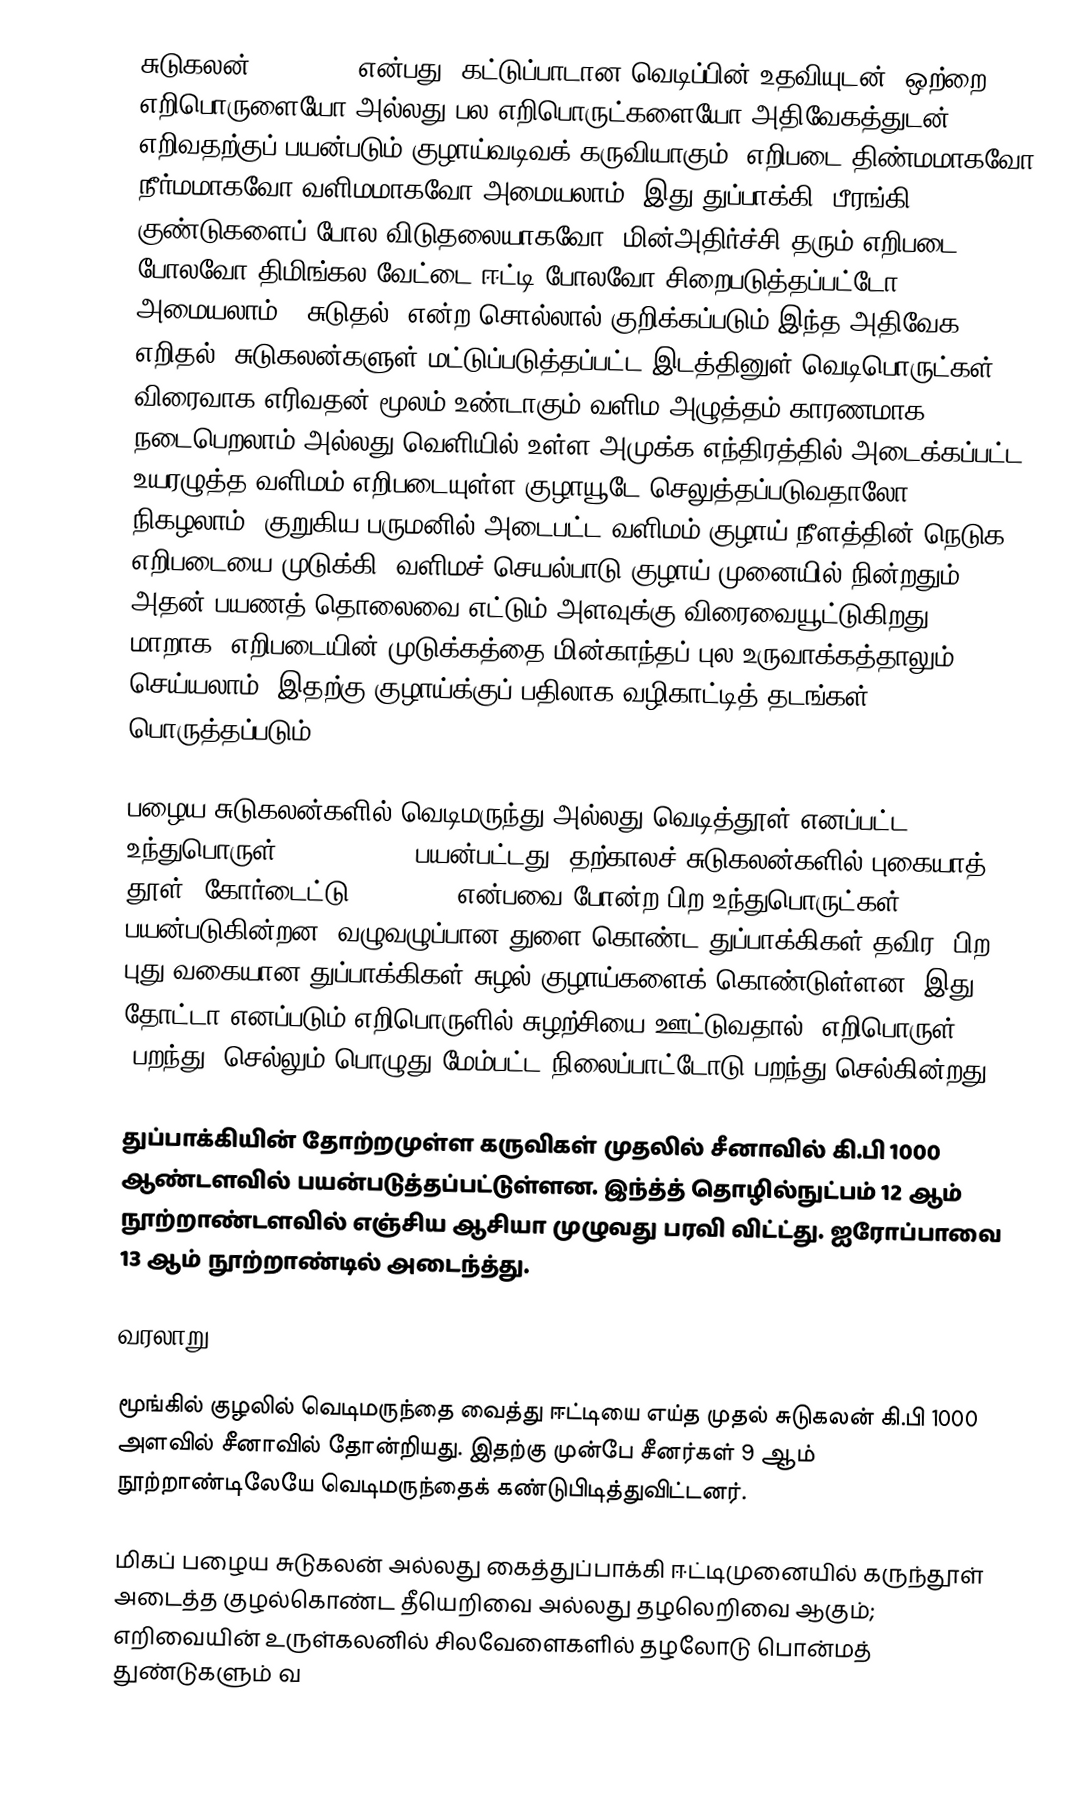
சுடுகலன் (Firearm) என்பது, கட்டுப்பாடான வெடிப்பின் உதவியுடன், ஒற்றை எறிபொருளையோ அல்லது பல எறிபொருட்களையோ அதிவேகத்துடன் எறிவதற்குப் பயன்படும் குழாய்வடிவக் கருவியாகும். எறிபடை திண்மமாகவோ நீர்மமாகவோ வளிமமாகவோ அமையலாம். இது துப்பாக்கி, பீரங்கி குண்டுகளைப் போல விடுதலையாகவோ, மின்அதிர்ச்சி தரும் எறிபடை போலவோ திமிங்கல வேட்டை ஈட்டி போலவோ சிறைபடுத்தப்பட்டோ அமையலாம். "சுடுதல்" என்ற சொல்லால் குறிக்கப்படும் இந்த அதிவேக எறிதல், சுடுகலன்களுள் மட்டுப்படுத்தப்பட்ட இடத்தினுள் வெடிபொருட்கள் விரைவாக எரிவதன் மூலம் உண்டாகும் வளிம அழுத்தம் காரணமாக நடைபெறலாம் அல்லது வெளியில் உள்ள அமுக்க எந்திரத்தில் அடைக்கப்பட்ட உயரழுத்த வளிமம் எறிபடையுள்ள குழாயூடே செலுத்தப்படுவதாலோ நிகழலாம். குறுகிய பருமனில் அடைபட்ட வளிமம் குழாய் நீளத்தின் நெடுக எறிபடையை முடுக்கி, வளிமச் செயல்பாடு குழாய் முனையில் நின்றதும், அதன் பயணத் தொலைவை எட்டும் அளவுக்கு விரைவையூட்டுகிறது.  மாறாக, எறிபடையின் முடுக்கத்தை மின்காந்தப் புல உருவாக்கத்தாலும் செய்யலாம். இதற்கு குழாய்க்குப் பதிலாக வழிகாட்டித் தடங்கள் பொருத்தப்படும்.

பழைய சுடுகலன்களில் வெடிமருந்து அல்லது வெடித்தூள் எனப்பட்ட உந்துபொருள் (propellant) பயன்பட்டது. தற்காலச் சுடுகலன்களில் புகையாத் தூள், கோர்டைட்டு (cordite) என்பவை போன்ற பிற உந்துபொருட்கள் பயன்படுகின்றன. வழுவழுப்பான துளை கொண்ட துப்பாக்கிகள் தவிர, பிற புது வகையான துப்பாக்கிகள் சுழல் குழாய்களைக் கொண்டுள்ளன. இது தோட்டா எனப்படும் எறிபொருளில் சுழற்சியை ஊட்டுவதால், எறிபொருள் (பறந்து) செல்லும் பொழுது மேம்பட்ட நிலைப்பாட்டோடு பறந்து செல்கின்றது.

துப்பாக்கியின் தோற்றமுள்ள கருவிகள் முதலில் சீனாவில் கி.பி 1000 ஆண்டளவில் பயன்படுத்தப்பட்டுள்ளன. இந்த்த் தொழில்நுட்பம் 12 ஆம் நூற்றாண்டளவில் எஞ்சிய ஆசியா முழுவது பரவி விட்ட்து. ஐரோப்பாவை 13 ஆம் நூற்றாண்டில் அடைந்த்து.

வரலாறு

மூங்கில் குழலில் வெடிமருந்தை வைத்து ஈட்டியை எய்த முதல் சுடுகலன் கி.பி 1000 அளவில் சீனாவில் தோன்றியது. இதற்கு முன்பே சீனர்கள் 9 ஆம் நூற்றாண்டிலேயே வெடிமருந்தைக் கண்டுபிடித்துவிட்டனர்.

மிகப் பழைய சுடுகலன் அல்லது கைத்துப்பாக்கி ஈட்டிமுனையில் கருந்தூள் அடைத்த குழல்கொண்ட தீயெறிவை அல்லது தழலெறிவை ஆகும்; எறிவையின் உருள்கலனில் சிலவேளைகளில் தழலோடு பொன்மத் துண்டுகளும் வ